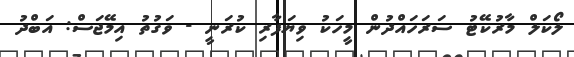
ލޯކަލް މާރުކޭޓު ސަރަހައްދުން މީހަކު ވިޔަފާރި ކުރަނީ - ވަގުތު އިމޭޖަސް: އަބްދު